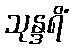
သုန္ဒရိံ